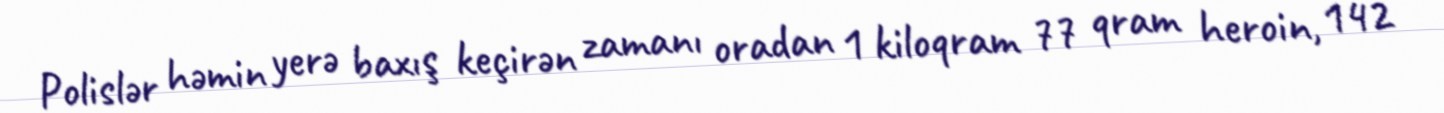
Polislər həmin yerə baxış keçirən zamanı oradan 1 kiloqram 77 qram heroin, 142